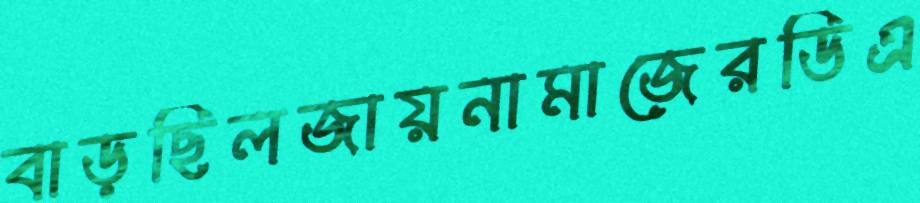
বাড়ছিলজায়নামাজেরডিএ